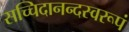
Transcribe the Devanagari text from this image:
सच्चिदानन्दस्वरूपं